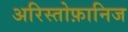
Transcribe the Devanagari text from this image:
अरिस्तोफ़ानिज